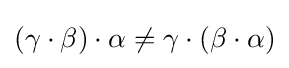
(\gamma \cdot \beta )\cdot \alpha \neq \gamma \cdot (\beta \cdot \alpha )